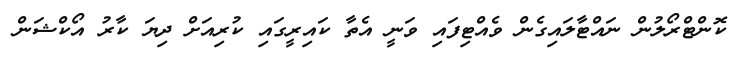
ކޮންޓްރޯލުން ނައްޓާލައިގެން ވެއްޓިފައި ވަނީ އެތާ ކައިރީގައި ކުރިއަށް ދިޔަ ކާރު އޯކްޝަން